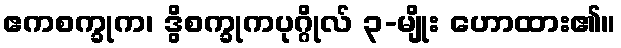
ဧကစက္ခုက၊ ဒွိစက္ခုကပုဂ္ဂိုလ် ၃-မျိုး ဟောထား၏။